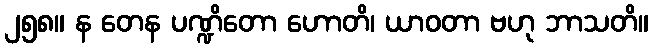
၂၅၈။ န တေန ပဏ္ဍိတော ဟောတိ၊ ယာဝတာ ဗဟု ဘာသတိ။